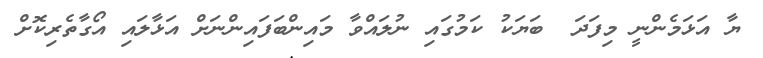
ޔާ އަޅަމެންނީ މިފަދަ  ބަޔަކު ކަމުގައި ނުލައްވާ މައިންބަފައިންނަށް އަޅާލައި އޯގާތެރިކޮށް